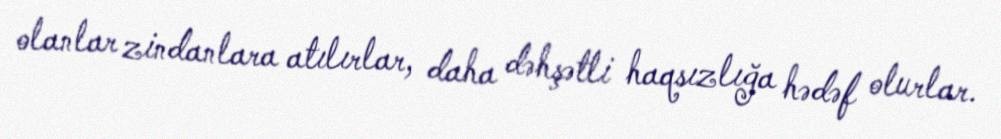
olanlar zindanlara atılırlar, daha dəhşətli haqsızlığa hədəf olurlar.